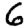
Digit: 6